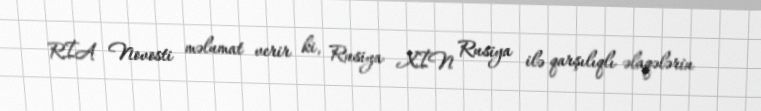
RİA Novosti məlumat verir ki, Rusiya XİN Rusiya ilə qarşılıqlı əlaqələrin